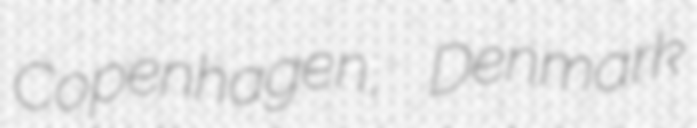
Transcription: Copenhagen, Denmark